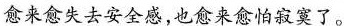
愈来愈失去安全感，也愈来愈怕寂寞了。